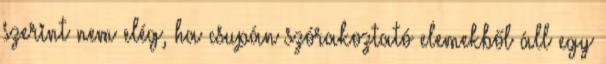
szerint nem elég, ha csupán szórakoztató elemekből áll egy